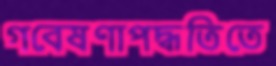
গবেষণাপদ্ধতিতে